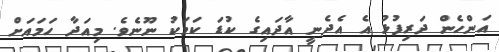
އަންހެން ދަރިފުޅު އެ އެދެނީ އާދައިގެ ކުޑަ ކަމަކު ނޫނެވެ. މިއަދާ ހަމައަށް